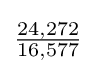
{\tfrac {24,272}{16,577}}